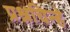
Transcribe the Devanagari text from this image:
प्रश्नचिन्हे